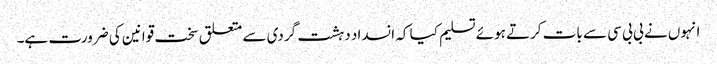
انہوں نے بی بی سی سے بات کرتے ہوئے تسلیم کیا کہ انسداد دہشت گردی سے متعلق سخت قوانین کی ضرورت ہے۔